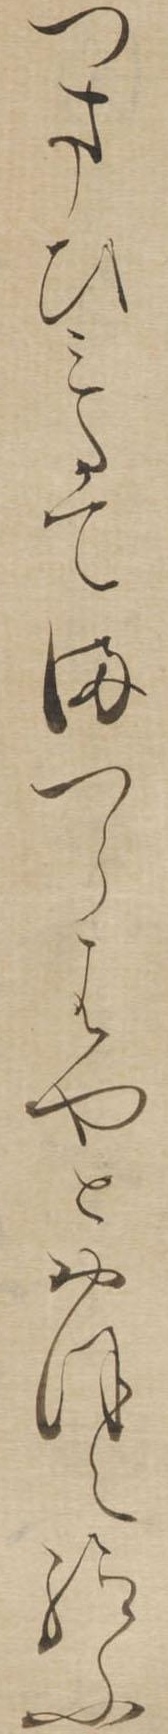
つさひみたてまつらはやとおほえ給ふ